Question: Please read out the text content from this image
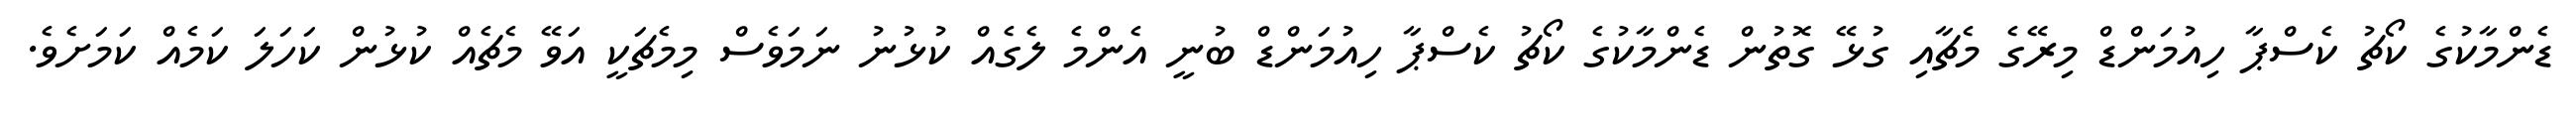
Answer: ޑެންމާކުގެ ކޯޗު ކެސްޕާ ހިއުމަންޑް މިރޭގެ މެޗާއި ގުޅޭ ގޮތުން ޑެންމާކުގެ ކޯޗު ކެސްޕާ ހިއުމަންޑް ބުނީ އެންމެ ލެގެއް ކުޅުނު ނަމަވެސް މިމެޗަކީ އަވޭ މެޗެއް ކުޅުން ކަހަލަ ކަމެއް ކަމަށެވެ.